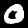
Label: 0